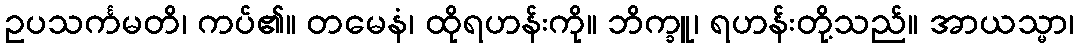
ဥပသင်္ကမတိ၊ ကပ်၏။ တမေနံ၊ ထိုရဟန်းကို။ ဘိက္ခူ၊ ရဟန်းတို့သည်။ အာယသ္မာ၊